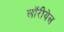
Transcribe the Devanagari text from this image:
लॉरीयेल